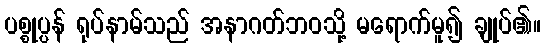
ပစ္စုပ္ပန် ရုပ်နာမ်သည် အနာဂတ်ဘဝသို့ မရောက်မူ၍ ချုပ်၏။